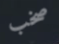
صخب